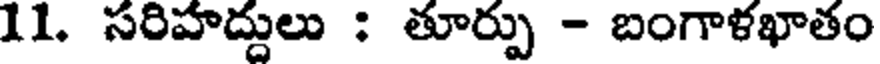
11. సరిహద్దులు : తూర్పు - బంగాళఖాతం